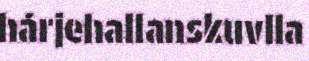
hárjehallanskuvlla